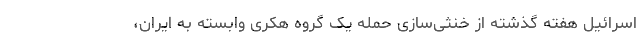
اسرائیل هفته گذشته از خنثی‌سازی حمله یک گروه هکری وابسته به ایران،